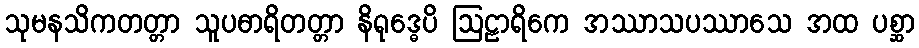
သုမနသိကတတ္တာ သူပဓာရိတတ္တာ နိရုဒ္ဓေပိ ဩဠာရိကေ အဿာသပဿာသေ အထ ပစ္ဆာ